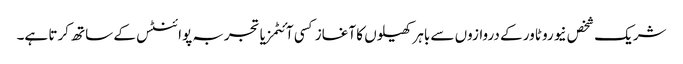
شریک شخص نیورو ٹاور کے دروازوں سے باہر کھیلوں کا آغاز کسی آئٹمز یا تجربہ پوائنٹس کے ساتھ کرتا ہے۔